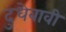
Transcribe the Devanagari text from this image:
दुधेबावी